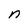
Character: n